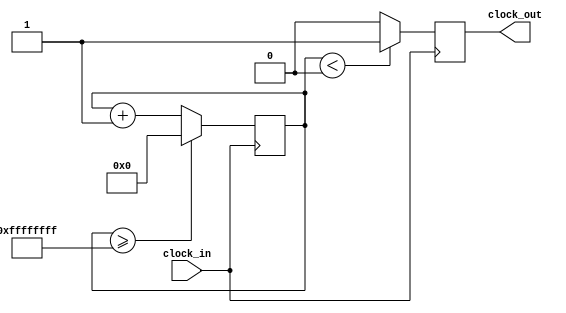
`timescale 1ns / 1ps
//////////////////////////////////////////////////////////////////////////////////
// Company: 
// Engineer: 
// 
// Design Name: 
// Module Name:    silencio 
// Project Name: 
// Target Devices: 
// Tool versions: 
// Description: 
//
// Dependencies: 
//
// Revision: 
// Revision 0.01 - File Created
// Additional Comments: 
//
//////////////////////////////////////////////////////////////////////////////////
module silencio (input clock_in, output reg clock_out);

reg [27:0]  counter = 28'd0;
parameter DIVISOR = 28'd0;
always @(posedge clock_in)
begin
counter <= counter + 28'd1;
if (counter >=(DIVISOR-1))
counter <= 28'd0;
clock_out <= (counter<DIVISOR/2)?1'b1:1'b0;

end

endmodule